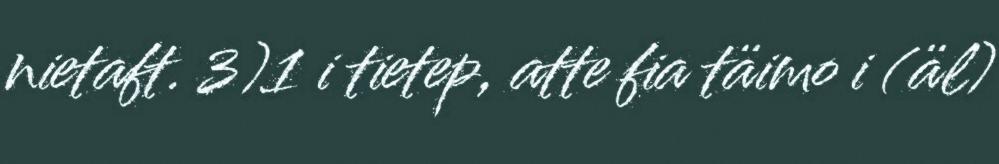
nietaft. 3)1 i tietep, atte fia täimo i (äl)